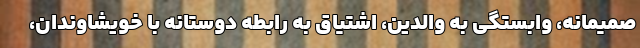
صمیمانه، وابستگی به والدین، اشتیاق به رابطه دوستانه با خویشاوندان،